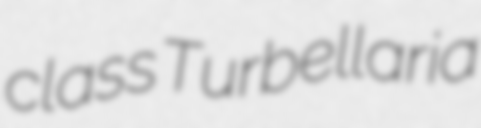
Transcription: class Turbellaria